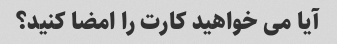
آیا می خواهید کارت را امضا کنید؟